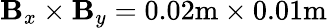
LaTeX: \mathbf{B}_{x}\times\mathbf{B}_{y}=0.02\mathrm{{m}}\times0.01\mathrm{{m}}